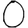
Digit: 0